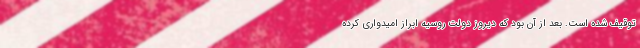
توقیف شده است. بعد از آن بود که دیروز دولت روسیه ابراز امیدواری کرده